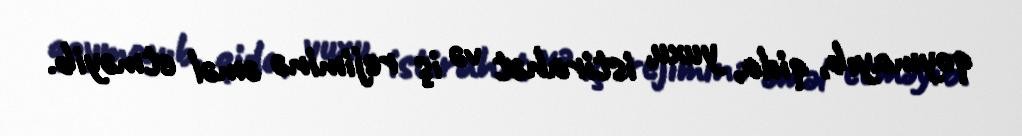
qoymayıb, qida, yuxu, istirahət və iş rejiminə əməl etməyib.